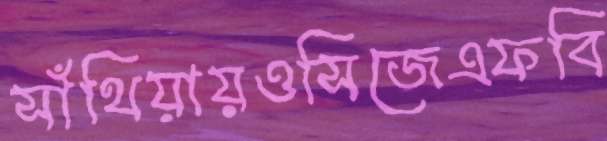
সাঁথিয়ায়ওসিজেএফবি